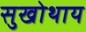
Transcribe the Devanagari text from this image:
सुखोथाय